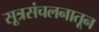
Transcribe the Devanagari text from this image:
सूत्रसंचलनातून